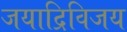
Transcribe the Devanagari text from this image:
जयाद्रिविजय